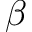
\beta